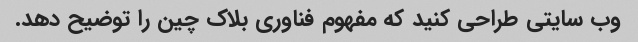
وب سایتی طراحی کنید که مفهوم فناوری بلاک چین را توضیح دهد.